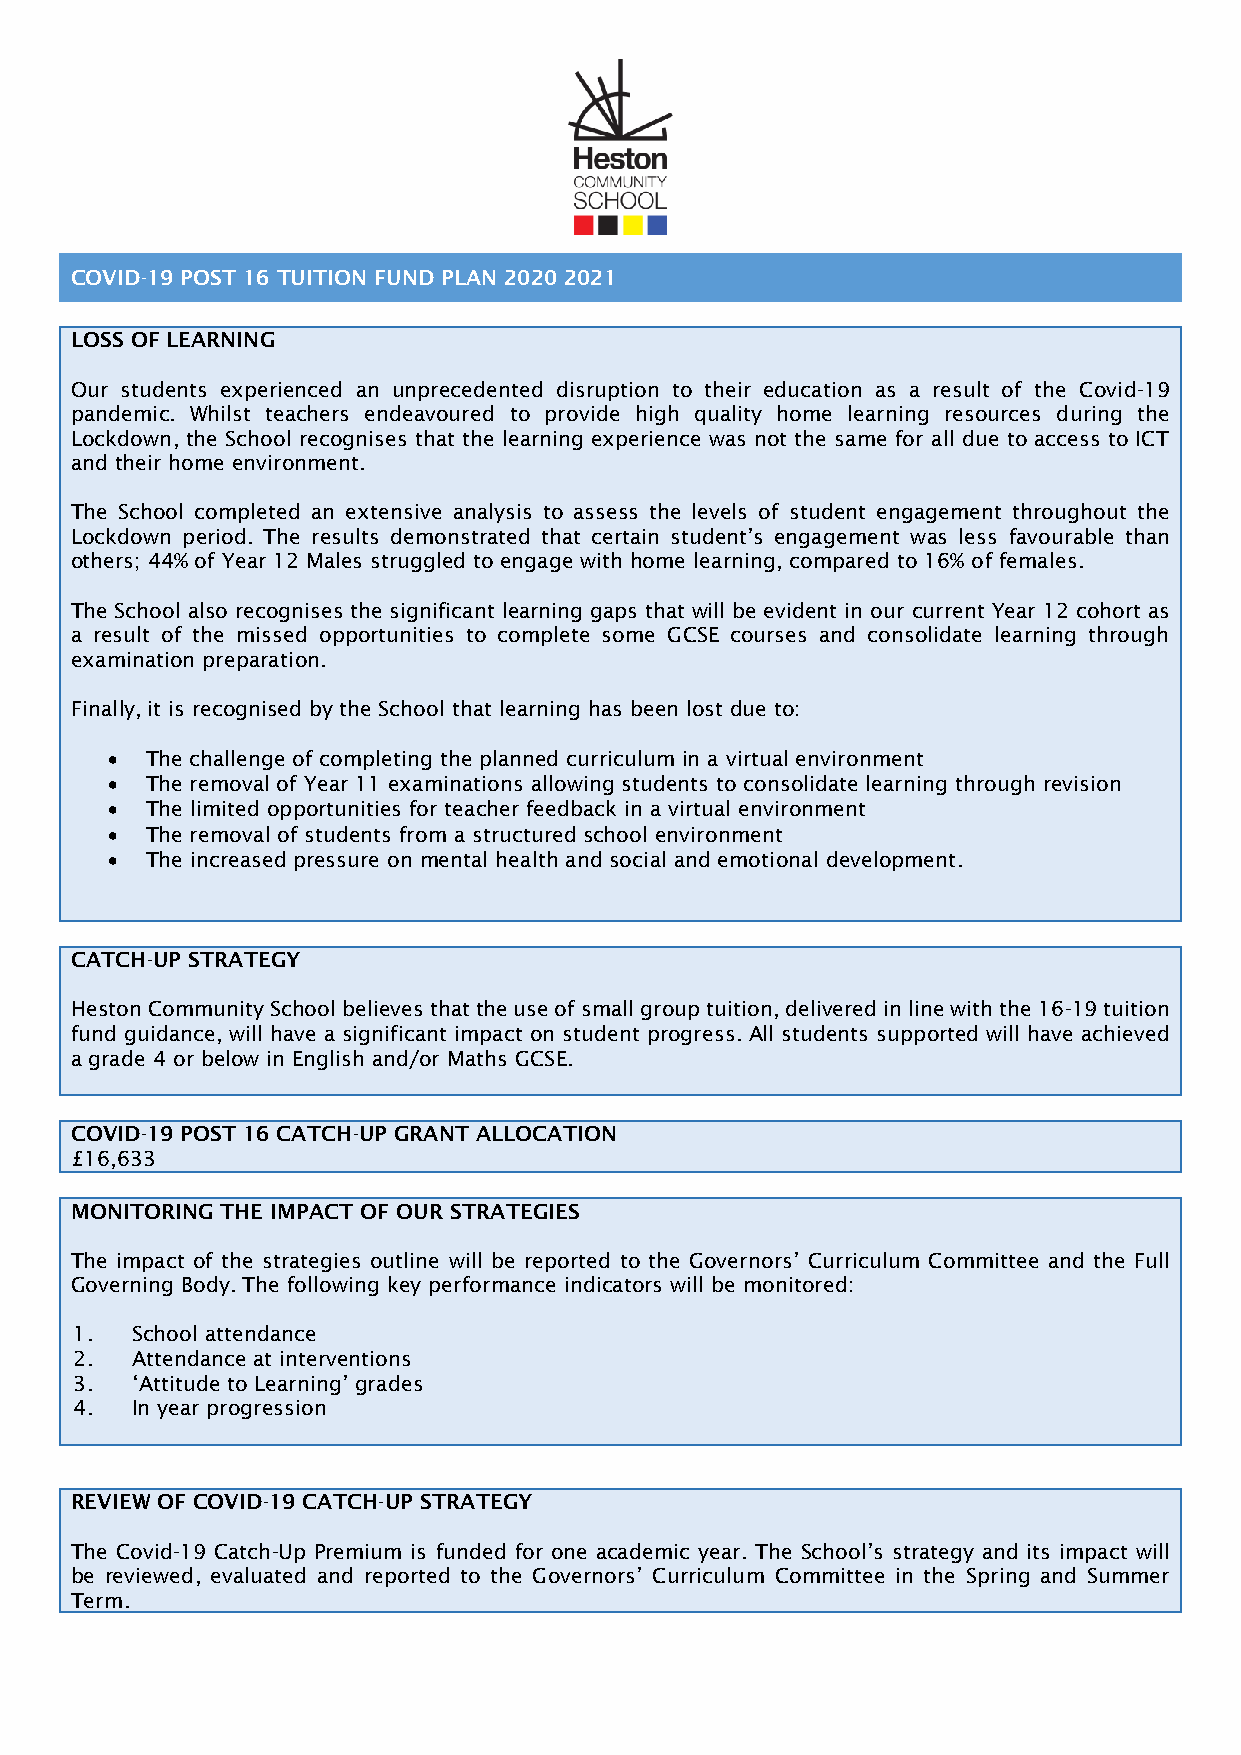
COVID-19 POST 16 TUITION FUND PLAN 2020 2021
 LOSS OF LEARNING
 Our students experienced an unprecedented disruption to their education as a result of the Covid-19
 pandemic. Whilst teachers endeavoured to provide high quality home learning resources during the
 Lockdown, the School recognises that the learning experience was not the same for all due to access to ICT
 and their home environment.
 The School completed an extensive analysis to assess the levels of student engagement throughout the
 Lockdown period. The results demonstrated that certain student’s engagement was less favourable than
 others; 44% of Year 12 Males struggled to engage with home learning, compared to 16% of females.
 The School also recognises the significant learning gaps that will be evident in our current Year 12 cohort as
 a result of the missed opportunities to complete some GCSE courses and consolidate learning through
 examination preparation.
 Finally, it is recognised by the School that learning has been lost due to:
   The challenge of completing the planned curriculum in a virtual environment
   The removal of Year 11 examinations allowing students to consolidate learning through revision
   The limited opportunities for teacher feedback in a virtual environment
   The removal of students from a structured school environment
   The increased pressure on mental health and social and emotional development.
 CATCH-UP STRATEGY
 Heston Community School believes that the use of small group tuition, delivered in line with the 16-19 tuition
 fund guidance, will have a significant impact on student progress. All students supported will have achieved
 a grade 4 or below in English and/or Maths GCSE.
 COVID-19 POST 16 CATCH-UP GRANT ALLOCATION
 £16,633
 MONITORING THE IMPACT OF OUR STRATEGIES
 The impact of the strategies outline will be reported to the Governors’ Curriculum Committee and the Full
 Governing Body. The following key performance indicators will be monitored:
 1.  School attendance
 2.  Attendance at interventions
 3.  ‘Attitude to Learning’ grades
 4.  In year progression
 REVIEW OF COVID-19 CATCH-UP STRATEGY
 The Covid-19 Catch-Up Premium is funded for one academic year. The School’s strategy and its impact will
 be reviewed, evaluated and reported to the Governors’ Curriculum Committee in the Spring and Summer
 Term.